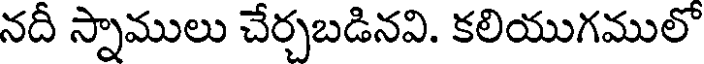
నదీ స్నాములు చేర్చబడినవి. కలియుగములో